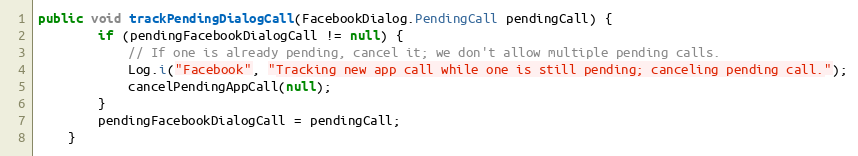
Language: Java
public void trackPendingDialogCall(FacebookDialog.PendingCall pendingCall) {
        if (pendingFacebookDialogCall != null) {
            // If one is already pending, cancel it; we don't allow multiple pending calls.
            Log.i("Facebook", "Tracking new app call while one is still pending; canceling pending call.");
            cancelPendingAppCall(null);
        }
        pendingFacebookDialogCall = pendingCall;
    }